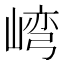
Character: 𱛾